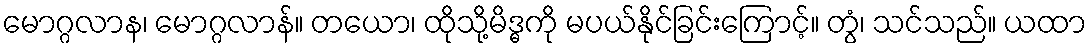
မောဂ္ဂလာန၊ မောဂ္ဂလာန်။ တယော၊ ထိုသို့မိဒ္ဓကို မပယ်နိုင်ခြင်းကြောင့်။ တွံ၊ သင်သည်။ ယထာ